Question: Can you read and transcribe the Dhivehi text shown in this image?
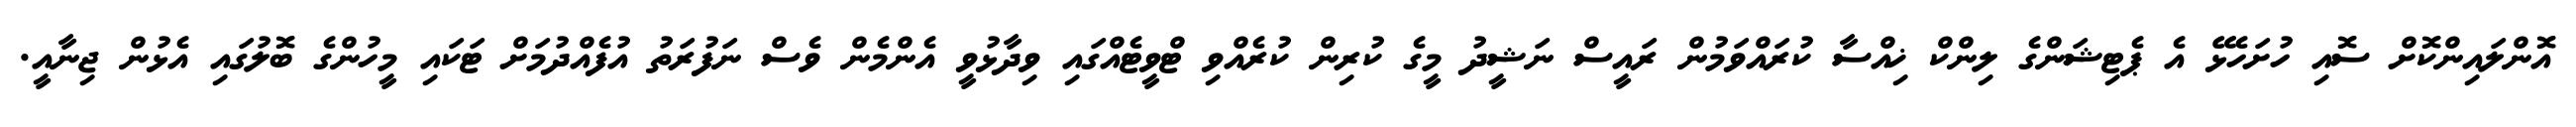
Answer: އޮންލައިންކޮށް ސޮއި ހުށަހެޅޭ އެ ޕެޓިޝަންގެ ލިންކް ޚިއްސާ ކުރައްވަމުން ރައީސް ނަޝީދު މީގެ ކުރިން ކުރެއްވި ޓްވީޓެއްގައި ވިދާޅުވީ އެންމެން ވެސް ނަފުރަތު އުފެއްދުމަށް ޓަކައި މީހުންގެ ބޮލުގައި އެޅުން ޖިނާއީ.